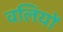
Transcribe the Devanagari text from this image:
वलियों